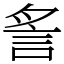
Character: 䚻